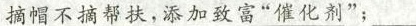
摘帽不摘帮扶，添加致富”催化剂”；___